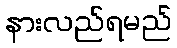
နားလည်ရမည်